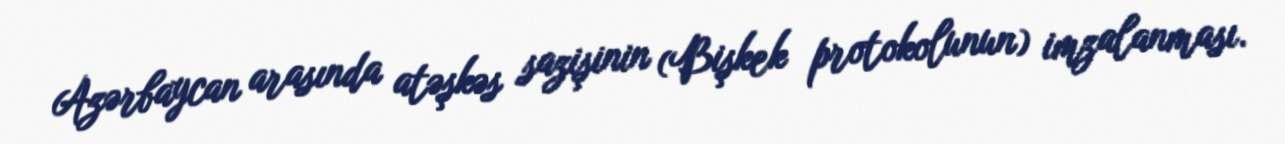
Azərbaycan arasında atəşkəs sazişinin (Bişkek protokolunun) imzalanması.